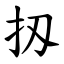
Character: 扨